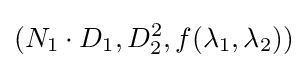
(N_{1}\cdot D_{1},D_{2}^{2},f(\lambda _{1},\lambda _{2}))